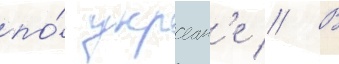
по́ украин'е // В